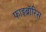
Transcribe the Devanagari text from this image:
फाइब्रॉरिस